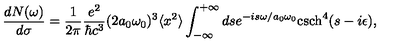
\frac { d N ( \omega ) } { d \sigma } = \frac { 1 } { 2 \pi } \frac { e ^ { 2 } } { \hbar c ^ { 3 } } ( 2 a _ { 0 } \omega _ { 0 } ) ^ { 3 } \langle x ^ { 2 } \rangle \int _ { - \infty } ^ { + \infty } d s e ^ { - i s \omega / a _ { 0 } \omega _ { 0 } } \mathrm { c s c h } ^ { 4 } ( s - i \epsilon ) ,